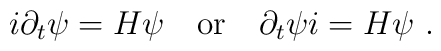
i \partial_t \psi = H \psi ~~~\mbox{or}~~~   \partial_t \psi i = H \psi ~.